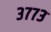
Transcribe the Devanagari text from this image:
३७७३